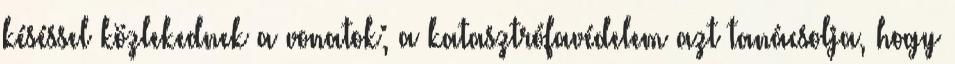
késéssel közlekednek a vonatok; a katasztrófavédelem azt tanácsolja, hogy